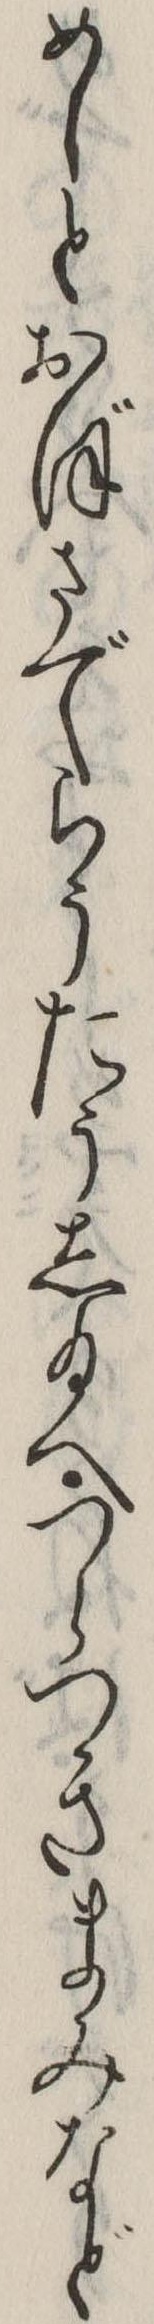
めしとおぼさでらうたうし給へつらつきまみなど